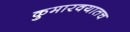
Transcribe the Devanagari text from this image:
कुमारवयातच